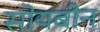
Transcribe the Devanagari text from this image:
सोयबीन